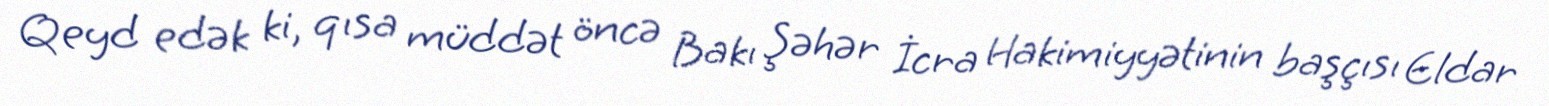
Qeyd edək ki, qısa müddət öncə Bakı Şəhər İcra Hakimiyyətinin başçısı Eldar